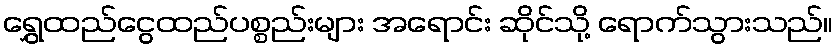
ရွှေထည်ငွေထည်ပစ္စည်းများ အရောင်း ဆိုင်သို့ ရောက်သွားသည်။